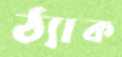
ঠ্যাক